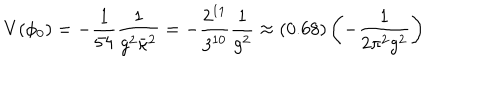
V ( \phi _ { 0 } ) = - \frac { 1 } { 5 4 } \frac { 1 } { g ^ { 2 } \bar { \kappa } ^ { 2 } } = - \frac { 2 ^ { 1 1 } } { 3 ^ { 1 0 } } \frac { 1 } { g ^ { 2 } } \approx ( 0 . 6 8 ) \left( - \frac { 1 } { 2 \pi ^ { 2 } g ^ { 2 } } \right)